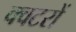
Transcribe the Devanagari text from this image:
क्वटरों